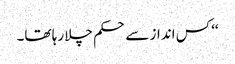
‘‘ کس انداز سے حکم چلا رہا تھا۔